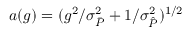
a ( g ) = ( g ^ { 2 } / \sigma _ { \bar { P } } ^ { 2 } + 1 / \sigma _ { \hat { P } } ^ { 2 } ) ^ { 1 / 2 }